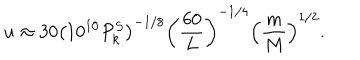
LaTeX: u \approx 3 0 \left( 1 0 ^ { 1 0 } P _ { k } ^ { S } \right) ^ { - 1 / 8 } \left( { \frac { 6 0 } { L } } \right) ^ { - 1 / 4 } \left( { \frac { m } { M } } \right) ^ { 1 / 2 } .